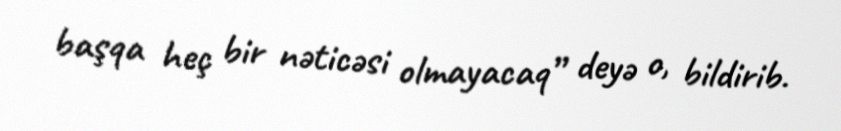
başqa heç bir nəticəsi olmayacaq” deyə o, bildirib.